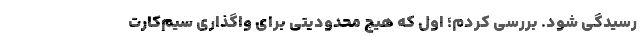
رسیدگی شود. بررسی کردم؛ اول که هیچ محدودیتی برای واگذاری سیم‌کارت